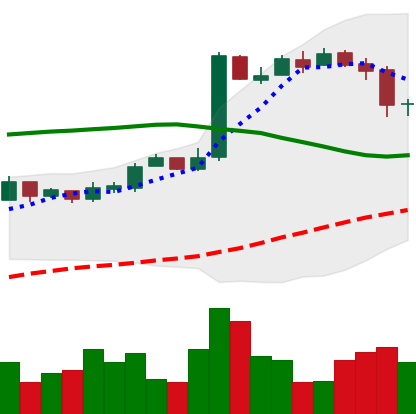
Ticker: BTC-USD
Chart end date: 2016-10-20
Forward return: 4.237%
Label: up_3_5